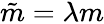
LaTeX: \tilde{m}=\lambda m